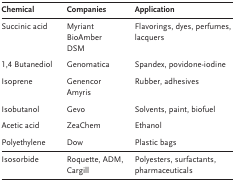
<table><thead><tr><td><b>Chemical</b></td><td><b>Companies</b></td><td><b>Application</b></td></tr></thead><tbody><tr><td>Succinic acid</td><td>Myriant, BioAmber, DSM</td><td>Flavorings, dyes, perfumes, lacquers</td></tr><tr><td>1,4 Butanediol</td><td>Genomatica</td><td>Spandex, povidone-iodine</td></tr><tr><td>Isoprene</td><td>Genencor, Amyris</td><td>Rubber, adhesives</td></tr><tr><td>Isobutanol</td><td>Gevo</td><td>Solvents, paint, biofuel</td></tr><tr><td>Acetic acid</td><td>ZeaChem</td><td>Ethanol</td></tr><tr><td>Polyethylene</td><td>Dow</td><td>Plastic bags</td></tr><tr><td>Isosorbide</td><td>Roquette, ADM, Cargill</td><td>Polyesters, surfactants, pharmaceuticals</td></tr></tbody></table>